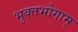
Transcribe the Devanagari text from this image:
भुक्तभोगाम्‌